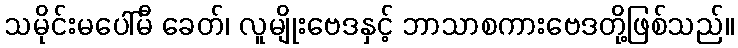
သမိုင်းမပေါ်မီ ခေတ်၊ လူမျိုးဗေဒနှင့် ဘာသာစကားဗေဒတို့ဖြစ်သည်။